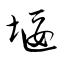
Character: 堰